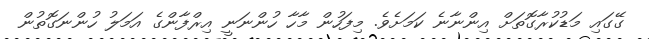
ގޭގައި މަޑުކުރާގޮތަށް އިންނާނެ ކަމަށެވެ. މިފަހުން މާހާ ހުންނަނީ އިރްފާންގެ އަމަލު ހުންނަގޮތުން